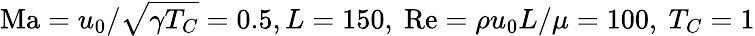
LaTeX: \mathrm{Ma}=u_{0}/\sqrt{\gamma T_{C}}=0.5,L=150,\ \mathrm{Re}=\rho u_{0}L/\mu=100,\ T_{C}=1